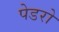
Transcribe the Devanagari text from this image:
पेडरो